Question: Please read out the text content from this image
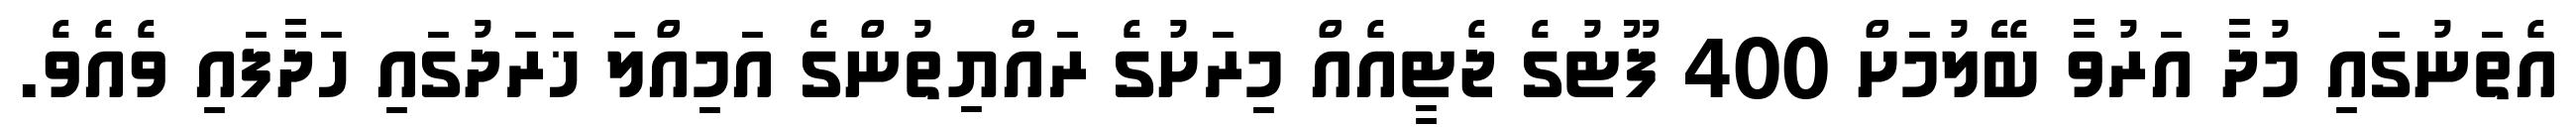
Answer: އެތަނުގައި މުދާ އަރުވާ ބޭލުމަށް 400 ފޫޓުގެ ޖެޓީއެއް މިރަށުގެ ރައްޔިތުންގެ އަމިއްލަ ޚަރަދުގައި ހަދާފައި ވެއެވެ.